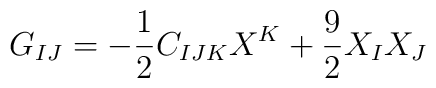
G_{IJ}=-{1\over2} C_{IJK}X^K+{9\over2}X_I X_J